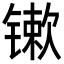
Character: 𨱒